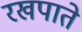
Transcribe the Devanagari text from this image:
रखपाते